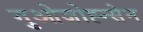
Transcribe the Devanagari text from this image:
गुओजोह्न्सेन